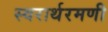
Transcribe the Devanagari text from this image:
स्वरार्थरमणी